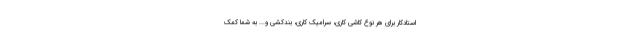
استادکار برای هر نوع کاشی کاری، سرامیک کاری، بندکشی و... به شما کمک